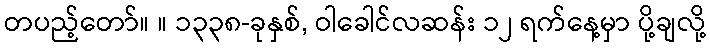
တပည့်တော်။ ။ ၁၃၃၈-ခုနှစ်, ဝါခေါင်လဆန်း ၁၂ ရက်နေ့မှာ ပို့ချလို့